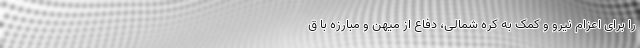
را برای اعزام نیرو و کمک به کره شمالی، دفاع از میهن و مبارزه با ق